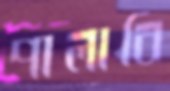
পালাবি